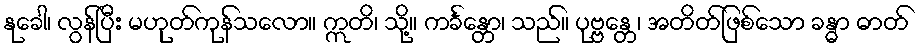
နုခေါ၊ လွန်ပြီး မဟုတ်ကုန်သလော။ ဣတိ၊ သို့။ ကင်္ခန္တော၊ သည်။ ပုဗ္ဗန္တေ၊ အတိတ်ဖြစ်သော ခန္ဓာ ဓာတ်